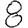
Digit: 8